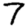
Digit: 7